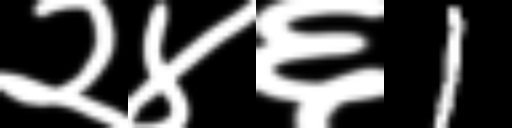
Text: २४६1